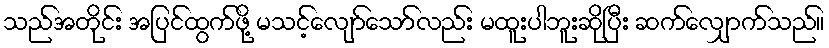
သည်အတိုင်း အပြင်ထွက်ဖို့ မသင့်လျော်သော်လည်း မထူးပါဘူးဆိုပြီး ဆက်လျှောက်သည်။